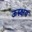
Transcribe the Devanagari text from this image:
ऊरुक्षय